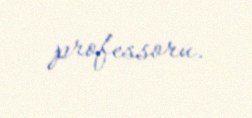
professoru.